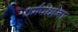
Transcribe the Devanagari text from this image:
धर्मपंथांना